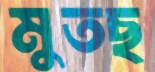
মুতছ